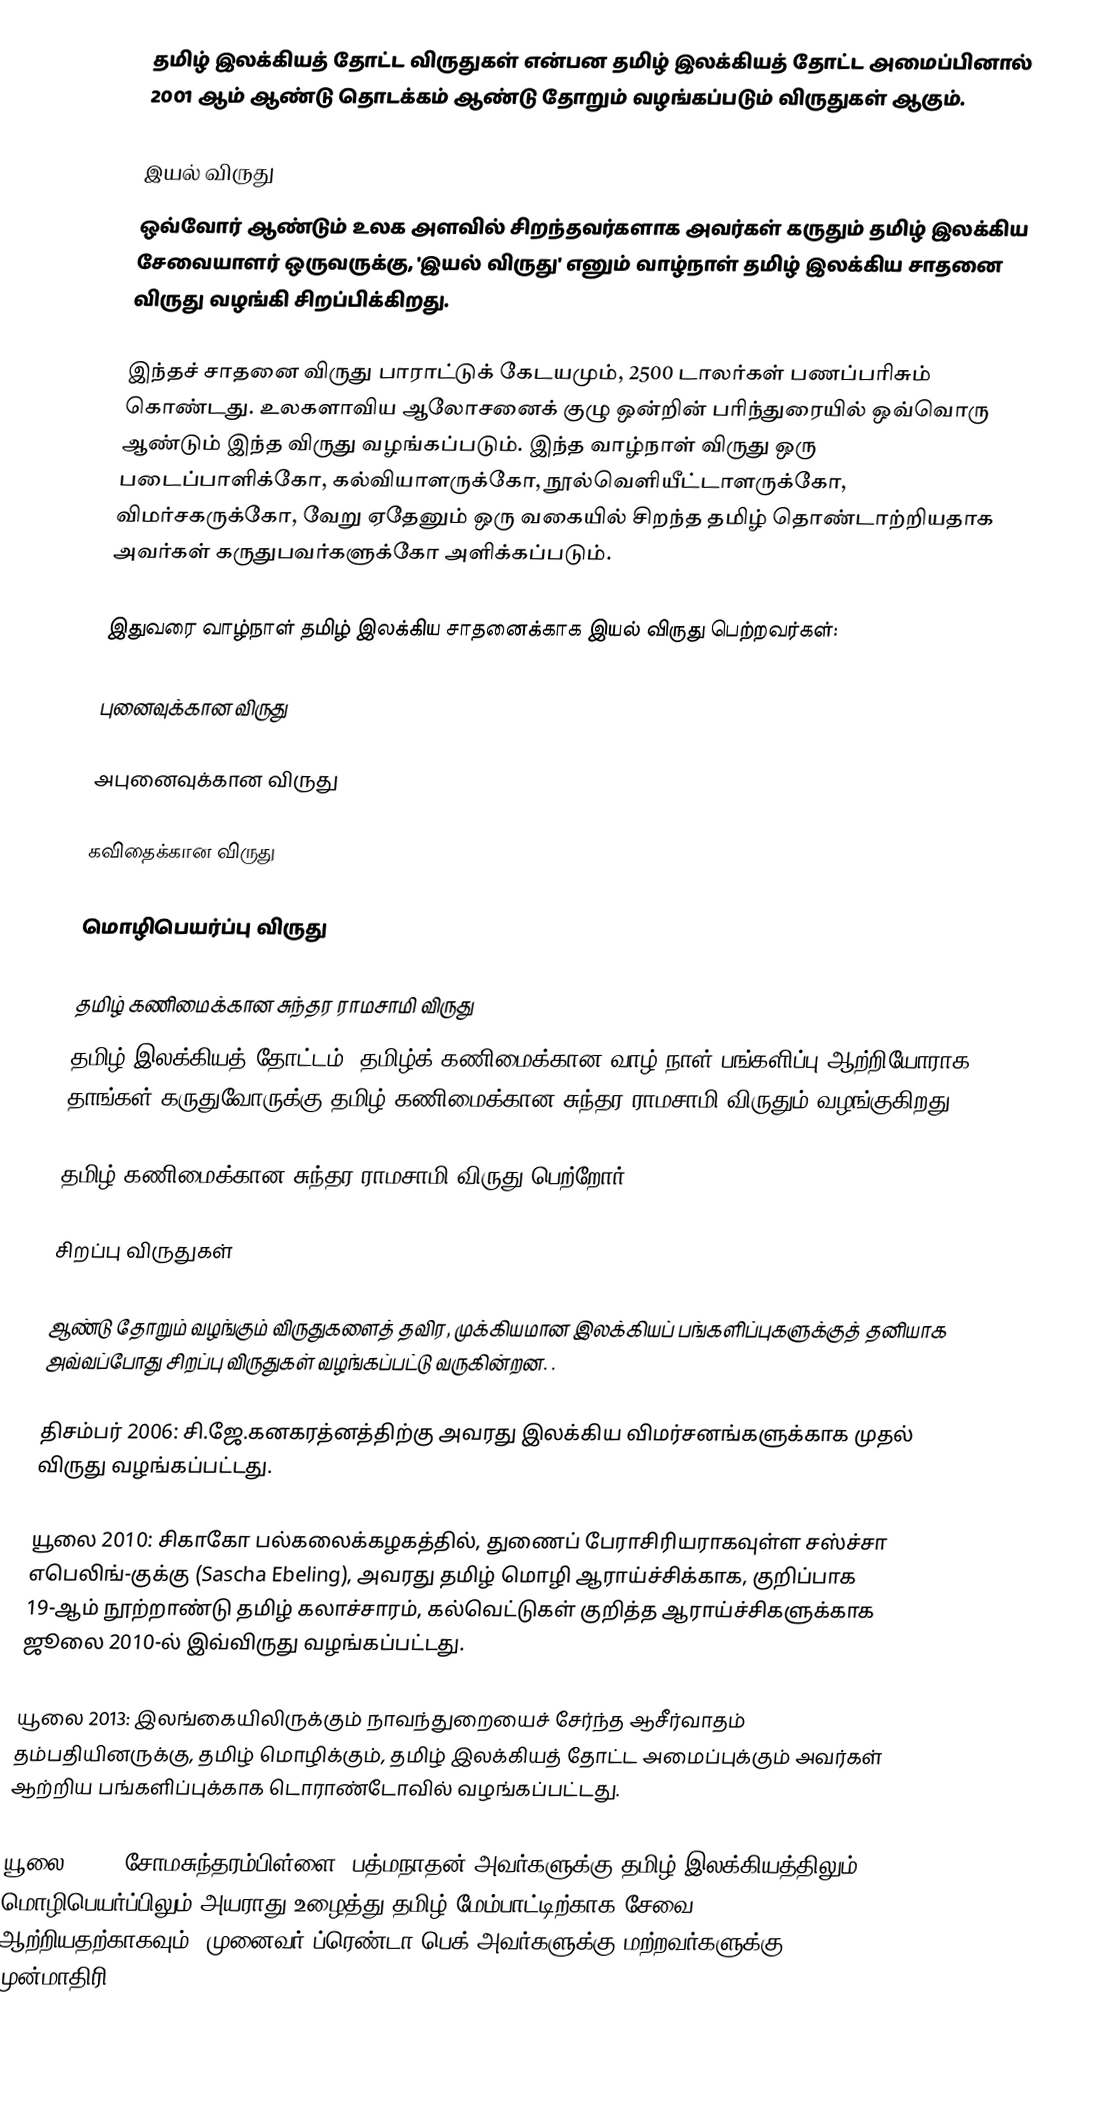
தமிழ் இலக்கியத் தோட்ட விருதுகள் என்பன தமிழ் இலக்கியத் தோட்ட அமைப்பினால் 2001 ஆம் ஆண்டு தொடக்கம் ஆண்டு தோறும் வழங்கப்படும் விருதுகள் ஆகும்.

இயல் விருது
ஒவ்வோர் ஆண்டும் உலக அளவில் சிறந்தவர்களாக அவர்கள் கருதும் தமிழ் இலக்கிய சேவையாளர் ஒருவருக்கு, 'இயல் விருது' எனும் வாழ்நாள் தமிழ் இலக்கிய சாதனை விருது வழங்கி சிறப்பிக்கிறது.

இந்தச் சாதனை விருது பாராட்டுக் கேடயமும், 2500 டாலர்கள் பணப்பரிசும் கொண்டது. உலகளாவிய ஆலோசனைக் குழு ஒன்றின் பரிந்துரையில் ஒவ்வொரு ஆண்டும் இந்த விருது வழங்கப்படும். இந்த வாழ்நாள் விருது ஒரு படைப்பாளிக்கோ, கல்வியாளருக்கோ, நூல்வெளியீட்டாளருக்கோ, விமர்சகருக்கோ, வேறு ஏதேனும் ஒரு வகையில் சிறந்த தமிழ் தொண்டாற்றியதாக அவர்கள் கருதுபவர்களுக்கோ அளிக்கப்படும்.

இதுவரை வாழ்நாள் தமிழ் இலக்கிய சாதனைக்காக இயல் விருது பெற்றவர்கள்:

புனைவுக்கான விருது

அபுனைவுக்கான விருது

கவிதைக்கான விருது

மொழிபெயர்ப்பு விருது

தமிழ் கணிமைக்கான சுந்தர ராமசாமி விருது
தமிழ் இலக்கியத் தோட்டம், தமிழ்க் கணிமைக்கான வாழ் நாள் பங்களிப்பு ஆற்றியோராக தாங்கள் கருதுவோருக்கு தமிழ் கணிமைக்கான சுந்தர ராமசாமி விருதும் வழங்குகிறது.

தமிழ் கணிமைக்கான சுந்தர ராமசாமி விருது பெற்றோர்:

சிறப்பு விருதுகள்

ஆண்டு தோறும் வழங்கும் விருதுகளைத் தவிர, முக்கியமான இலக்கியப் பங்களிப்புகளுக்குத் தனியாக அவ்வப்போது சிறப்பு விருதுகள் வழங்கப்பட்டு வருகின்றன. .

திசம்பர் 2006: சி.ஜே.கனகரத்னத்திற்கு அவரது இலக்கிய விமர்சனங்களுக்காக முதல் விருது வழங்கப்பட்டது.

யூலை 2010: சிகாகோ பல்கலைக்கழகத்தில், துணைப் பேராசிரியராகவுள்ள சஸ்ச்சா எபெலிங்-குக்கு (Sascha Ebeling), அவரது தமிழ் மொழி ஆராய்ச்சிக்காக, குறிப்பாக 19-ஆம் நூற்றாண்டு தமிழ் கலாச்சாரம், கல்வெட்டுகள் குறித்த ஆராய்ச்சிகளுக்காக ஜூலை 2010-ல் இவ்விருது வழங்கப்பட்டது.

யூலை 2013:  இலங்கையிலிருக்கும் நாவந்துறையைச் சேர்ந்த ஆசீர்வாதம் தம்பதியினருக்கு, தமிழ் மொழிக்கும், தமிழ் இலக்கியத் தோட்ட அமைப்புக்கும்  அவர்கள் ஆற்றிய பங்களிப்புக்காக  டொராண்டோவில் வழங்கப்பட்டது.

யூலை 2015: சோமசுந்தரம்பிள்ளை. பத்மநாதன் அவர்களுக்கு தமிழ் இலக்கியத்திலும், மொழிபெயர்ப்பிலும் அயராது உழைத்து தமிழ் மேம்பாட்டிற்காக சேவை ஆற்றியதற்காகவும், முனைவர் ப்ரெண்டா பெக் அவர்களுக்கு மற்றவர்களுக்கு முன்மாதிரி